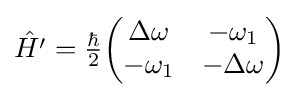
{\hat {H^{\prime }}}={\tfrac {\hbar }{2}}{\begin{pmatrix}\Delta \omega &-\omega _{1}\\-\omega _{1}&-\Delta \omega \end{pmatrix}}